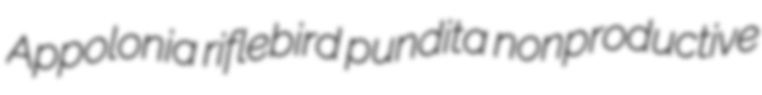
Appolonia riflebird pundita nonproductive